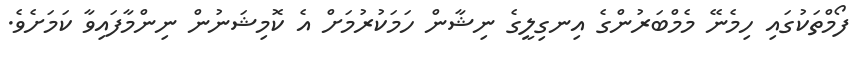
ފޯމްތަކުގައި ހިމެނޭ މެމްބަރުންގެ އިނގިލީގެ ނިޝާން ހަމަކުރުމަށް އެ ކޮމިޝަނުން ނިންމާފައިވާ ކަމަށެވެ.